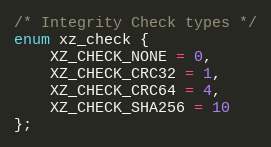
Language: C
/* Integrity Check types */
enum xz_check {
    XZ_CHECK_NONE = 0,
    XZ_CHECK_CRC32 = 1,
    XZ_CHECK_CRC64 = 4,
    XZ_CHECK_SHA256 = 10
};